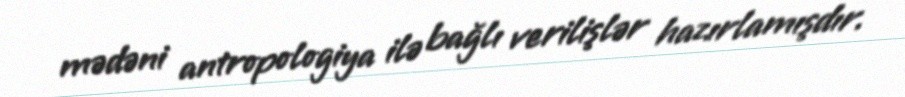
mədəni antropologiya ilə bağlı verilişlər hazırlamışdır.